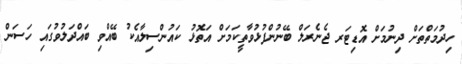
ހިދުމަތްތަށް ދިނުމަށް އޮޑިޓަރ ޖެނެރަލް ބޭނުންފުޅުވާތީކަމަށް އަތޮޅު ކައުންސިލާއެކު ބޭއްވި ބައްދަލުވުުގައި ހަސަން